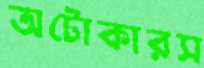
অটোকারস